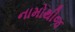
નામોથીજ